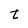
Character: t